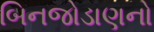
બિનજોડાણનો